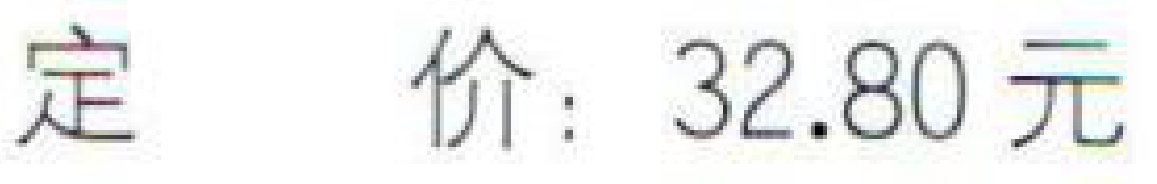
定价：32.80 元